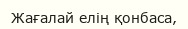
Жағалай елің қонбаса,